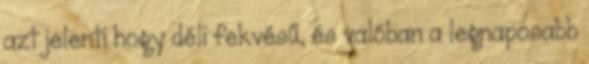
azt jelenti hogy déli fekvésű, és valóban a legnaposabb